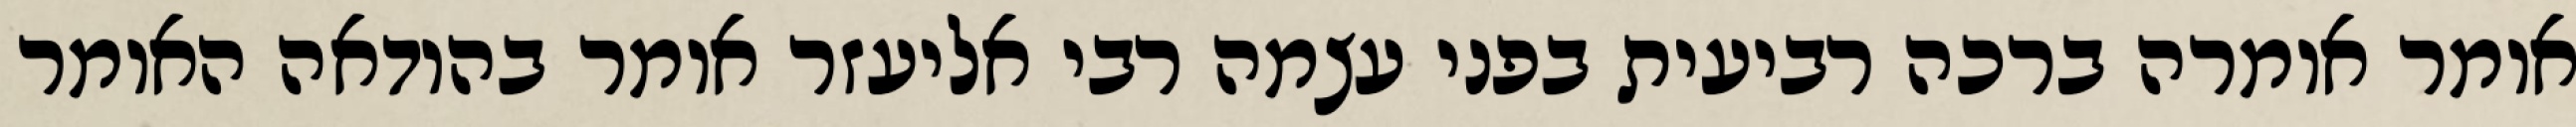
אומר אומרה ברכה רביעית בפני עצמה רבי אליעזר אומר בהודאה האומר